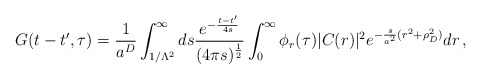
\begin{align*}G(t-t^{\prime}, \tau) = \frac{1}{a^D}\int^{\infty}_{1/\Lambda^2}ds \frac{e^{-\frac{t-t^{\prime}}{4s}}}{(4\pi s)^{\frac{1}{2}}}\int_0^{\infty} \phi_r (\tau) |C(r)|^2e^{-\frac{s}{a^2}(r^2 + \rho_D^2)} dr\,,\end{align*}